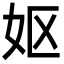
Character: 妪